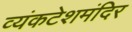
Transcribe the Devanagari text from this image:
व्यंकटेशमंदिर